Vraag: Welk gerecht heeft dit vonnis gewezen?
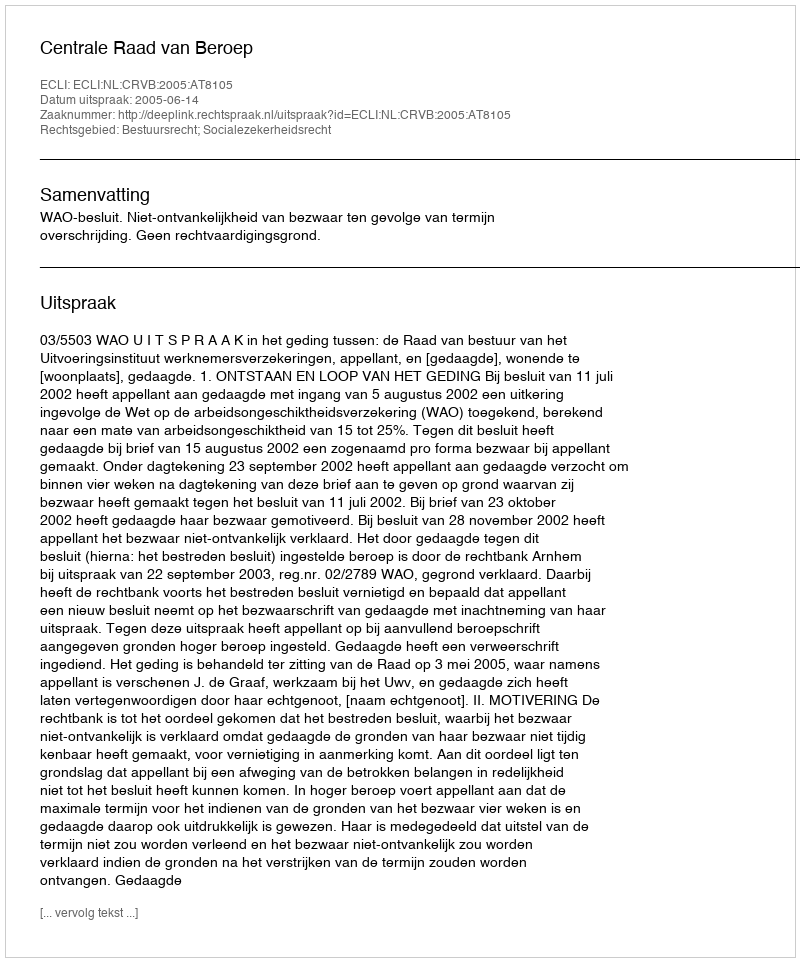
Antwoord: Centrale Raad van Beroep